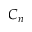
C _ { n }